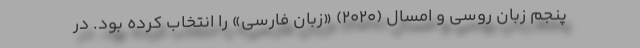
پنجم زبان روسی و امسال (۲۰۲۰) «زبان فارسی» را انتخاب کرده بود. در